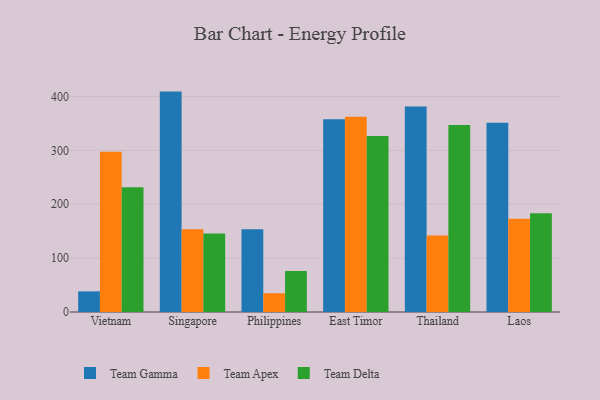
{"axis": {"x": "Country", "y": "Budget (USD K)"}, "legend": ["Team Apex", "Team Delta", "Team Gamma"], "data": [{"x": "Vietnam", "y": 38.3, "type": "Team Gamma"}, {"x": "Vietnam", "y": 297.6, "type": "Team Apex"}, {"x": "Vietnam", "y": 231.4, "type": "Team Delta"}, {"x": "Singapore", "y": 409.1, "type": "Team Gamma"}, {"x": "Singapore", "y": 153.8, "type": "Team Apex"}, {"x": "Singapore", "y": 145.6, "type": "Team Delta"}, {"x": "Philippines", "y": 153.5, "type": "Team Gamma"}, {"x": "Philippines", "y": 34.8, "type": "Team Apex"}, {"x": "Philippines", "y": 76.1, "type": "Team Delta"}, {"x": "East Timor", "y": 358.0, "type": "Team Gamma"}, {"x": "East Timor", "y": 362.6, "type": "Team Apex"}, {"x": "East Timor", "y": 326.6, "type": "Team Delta"}, {"x": "Thailand", "y": 381.5, "type": "Team Gamma"}, {"x": "Thailand", "y": 142.0, "type": "Team Apex"}, {"x": "Thailand", "y": 346.9, "type": "Team Delta"}, {"x": "Laos", "y": 351.2, "type": "Team Gamma"}, {"x": "Laos", "y": 173.2, "type": "Team Apex"}, {"x": "Laos", "y": 183.3, "type": "Team Delta"}]}